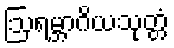
ဩရမ္ဘာဂိယသုတ္တံ